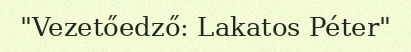
"Vezetőedző: Lakatos Péter"